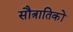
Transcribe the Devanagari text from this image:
सौत्रातिकों